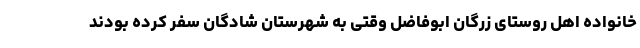
خانواده اهل روستای زرگان ابوفاضل وقتی به شهرستان شادگان سفر کرده بودند